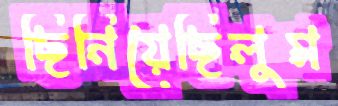
ছিনিয়েছিলুম